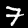
Digit: 7